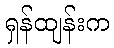
ရှန်ထျန်းက